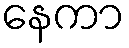
နေကာ